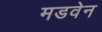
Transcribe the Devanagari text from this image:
मडवेन